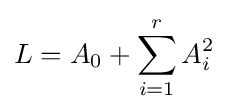
L=A_{0}+\sum \limits _{i=1}^{r}A_{i}^{2}